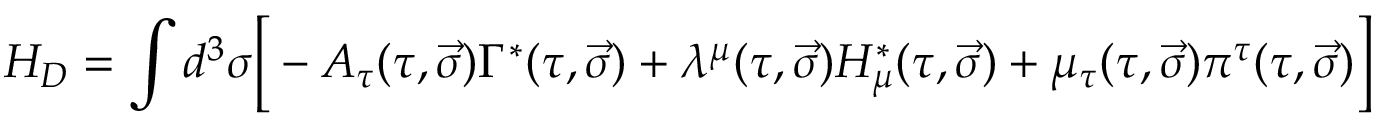
H _ { D } = \int { d ^ { 3 } \sigma \Big [ - A _ { \tau } ( \tau , \vec { \sigma } ) \Gamma ^ { \ast } ( \tau , \vec { \sigma } ) + \lambda ^ { \mu } ( \tau , \vec { \sigma } ) { \cal H } _ { \mu } ^ { \ast } ( \tau , \vec { \sigma } ) + \mu _ { \tau } ( \tau , \vec { \sigma } ) \pi ^ { \tau } ( \tau , \vec { \sigma } ) \Big ] }